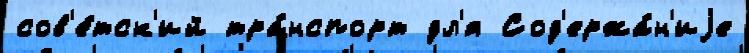
сов'е́тск'ий тра́нспорт дл'я Сод'ержа́н'иjе